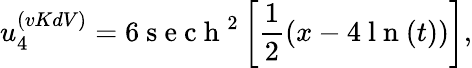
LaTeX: u_{4}^{(vKdV)}=6\mathrm{~s~e~c~h~}^{2}\left[\frac{1}{2}(x-4\mathrm{~l~n~}(t))\right],